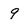
Character: 9